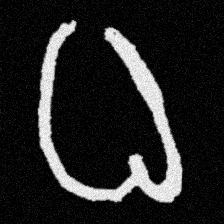
Pyu character \u2014 Myanmar letter: ဓ (romanized: dha)